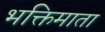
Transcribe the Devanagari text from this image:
भक्तिमाता